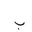
Letter: _ba